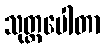
သုတ္တပေါတာ